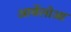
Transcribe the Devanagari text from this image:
आर्बेलोआ